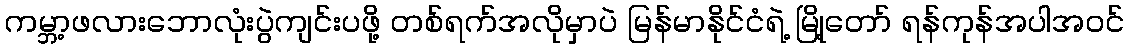
ကမ္ဘာ့ဖလားဘောလုံးပွဲကျင်းပဖို့ တစ်ရက်အလိုမှာပဲ မြန်မာနိုင်ငံရဲ့ မြို့တော် ရန်ကုန်အပါအဝင်